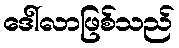
ဒေါ်လာဖြစ်သည်